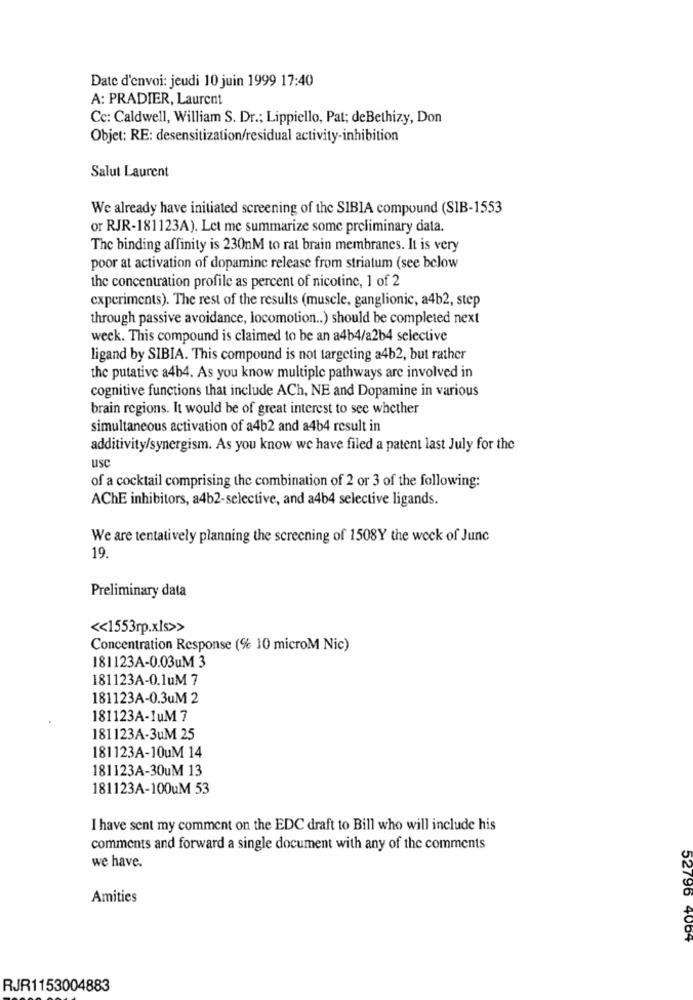
Date d'envoi: jeudi 10 juin 1999 17:40
A: PRADIER, Laurent
Cc: Caldwell, William S. Dr .; Lippiello, Pat; deBethizy, Don
Objet: RE: desensitization/residual activity-inhibition
Salut Laurent
We already have initiated screening of the SIBIA compound (SIB-1553
or RJR-181123A). Let me summarize some preliminary data.
The binding affinity is 230nM to rat brain membranes. It is very
poor at activation of dopamine release from striatum (see below
the concentration profile as percent of nicotine, 1 of 2
experiments). The rest of the results (muscle, ganglionic, a4b2, step
through passive avoidance, locomotion .. ) should be completed next
week. This compound is claimed to be an a4b4/a2b4 selective
ligand by SIBIA. This compound is not targeting a4b2, but rather
the putative a4b4. As you know multiple pathways are involved in
cognitive functions that include ACh, NE and Dopamine in various
brain regions. It would be of great interest to see whether
simultaneous activation of a4b2 and a4b4 result in
additivity/synergism. As you know we have filed a patent last July for the
us
of a cocktail comprising the combination of 2 or 3 of the following:
AChE inhibitors, a4b2-selective, and a4b4 selective ligands.
We are tentatively planning the screening of 1508Y the week of June
19.
Preliminary data
<< 1553rp.xls>>
Concentration Response (% 10 microM Nic)
181123A-0.03uM 3
181123A-0.1uM 7
181123A-0.3uM 2
181123A-1uM7
181123A-3uM 25
181123A-10UM 14
181123A-30uM 13
181123A-100uM 53
I have sent my comment on the EDC draft to Bill who will include his
comments and forward a single document with any of the comments
we have.
Amities
52796 4064
RJR1153004883